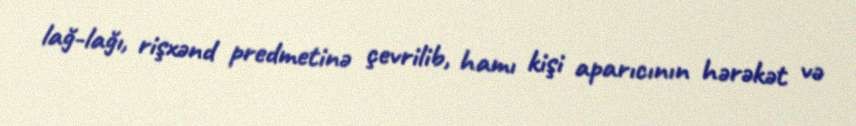
lağ-lağı, rişxənd predmetinə çevrilib, hamı kişi aparıcının hərəkət və